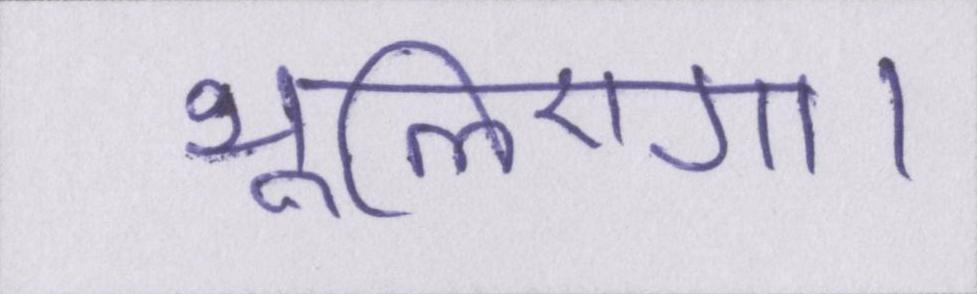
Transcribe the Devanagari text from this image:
भूलिएगा।